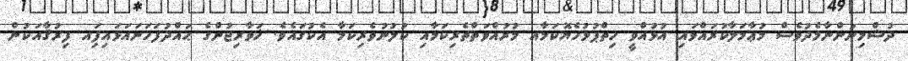
ދުޝްމިނުންނާމެދުވެސް މުޢާމަަލާކުރައްވައި އުޅުއްވީ ހިތްޕުޅުހެޔޮކަމާއ މުރުއްވަތްތެރިކަމާއިި ކުލުނުވެރިކަމާ އެކުގައެެވެ. ޚަވާރިޖުންގެ ޙައްދުފަހަނައަޅައިފަިއ ފިރުޤާއަކުން